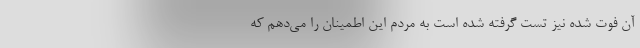
آن فوت شده نیز تست گرفته شده است به مردم این اطمینان را می‌دهم که